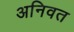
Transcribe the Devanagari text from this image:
अनिवत